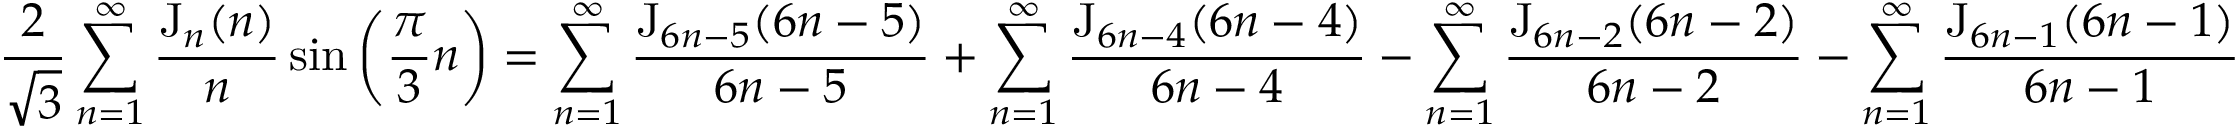
\frac 2 { \sqrt 3 } \sum _ { n = 1 } ^ { \infty } \frac { \mathrm { J } _ { n } ( n ) } n \sin \left( \frac \pi 3 n \right) = \sum _ { n = 1 } ^ { \infty } \frac { \mathrm { J } _ { 6 n - 5 } ( 6 n - 5 ) } { 6 n - 5 } + \sum _ { n = 1 } ^ { \infty } \frac { \mathrm { J } _ { 6 n - 4 } ( 6 n - 4 ) } { 6 n - 4 } - \sum _ { n = 1 } ^ { \infty } \frac { \mathrm { J } _ { 6 n - 2 } ( 6 n - 2 ) } { 6 n - 2 } - \sum _ { n = 1 } ^ { \infty } \frac { \mathrm { J } _ { 6 n - 1 } ( 6 n - 1 ) } { 6 n - 1 }